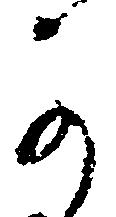
可